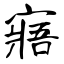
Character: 寤